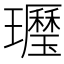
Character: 𤪾